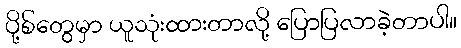
ပို့စ်တွေမှာ ယူသုံးထားတာလို့ ပြောပြလာခဲ့တာပါ။